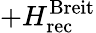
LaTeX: +H_{\mathrm{rec}}^{\mathrm{Breit}}